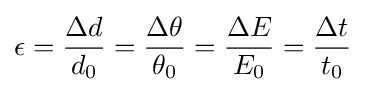
\epsilon ={\frac {\Delta d}{d_{0}}}={\frac {\Delta \theta }{\theta _{0}}}={\frac {\Delta E}{E_{0}}}={\frac {\Delta t}{t_{0}}}